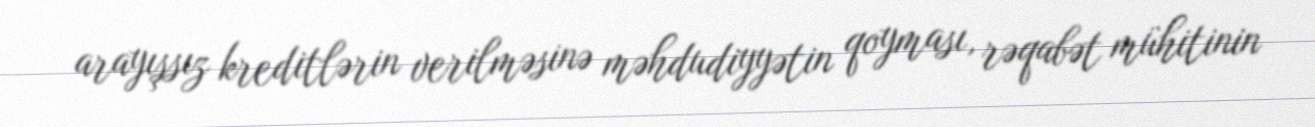
arayışsız kreditlərin verilməsinə məhdudiyyətin qoyması, rəqabət mühitinin